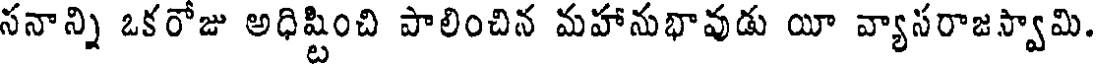
సనాన్ని ఒకరోజు అధిష్టించి పాలించిన మహానుభావుడు యీ వ్యాసరాజస్వామి.